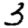
Digit: 3